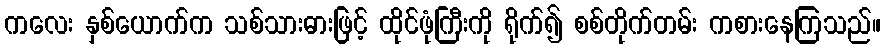
ကလေး နှစ်ယောက်က သစ်သားဓားဖြင့် ထိုင်ဖုံကြီးကို ရိုက်၍ စစ်တိုက်တမ်း ကစားနေကြသည်။